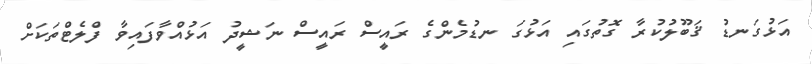
އަޅުގަނޑު ޤަބޫލުކުރާ ގޮތުގައި އަޅުގަ ނޑުމެންގެ ރައީސް ރައީސް ނަޝީދު އަޅުއްވާފައިވާ ފްލެޓްތަކަށް